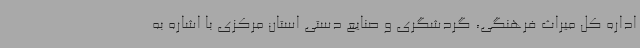
اداره کل میراث فرهنگی، گردشگری و صنایع دستی استان مرکزی با اشاره به